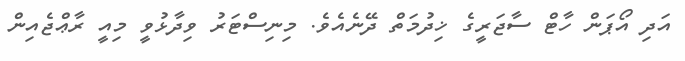
އަދި އޯޕަން ހާޓް ސާޖަރީގެ ޚިދުމަތް ދޭނެއެވެ. މިނިސްޓަރު ވިދާޅުވީ މިއީ ރާޢްޖެއިން